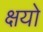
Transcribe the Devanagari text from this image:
क्षयो